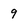
Character: 9